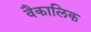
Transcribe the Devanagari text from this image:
वैकालिक